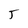
Character: J